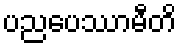
ပညပေဿာမီတိ